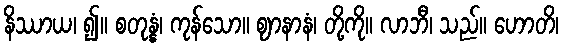
နိဿာယ၊ ၍။ စတုန္နံ၊ ကုန်သော။ ဈာနာနံ၊ တို့ကို။ လာဘီ၊ သည်။ ဟောတိ၊